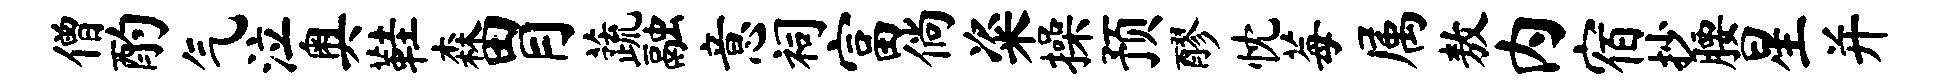
僧酌气泣奥鞋森胃蔬融意祠富倘粢操预醪忱莓属敖内宿抄腰星并